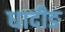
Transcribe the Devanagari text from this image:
धादीङ